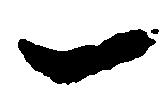
一